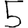
Digit: 5